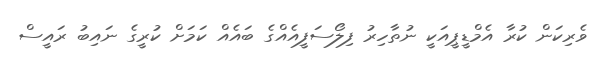
ވެރިކަން ކުރާ އެމްޑީޕީއަކީ ނުތާހިރު ފިލޯސަފީއެއްގެ ބައެއް ކަމަށް ކުރީގެ ނައިބު ރައީސް